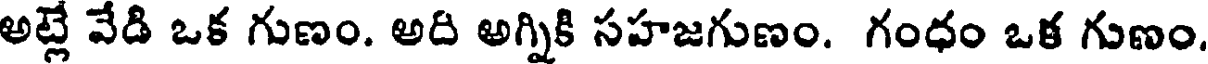
అట్లే వేడి ఒక గుణం. అది అగ్నికి సహజగుణం. గంధం ఒక గుణం